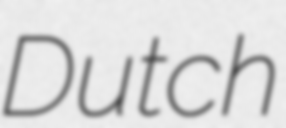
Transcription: Dutch